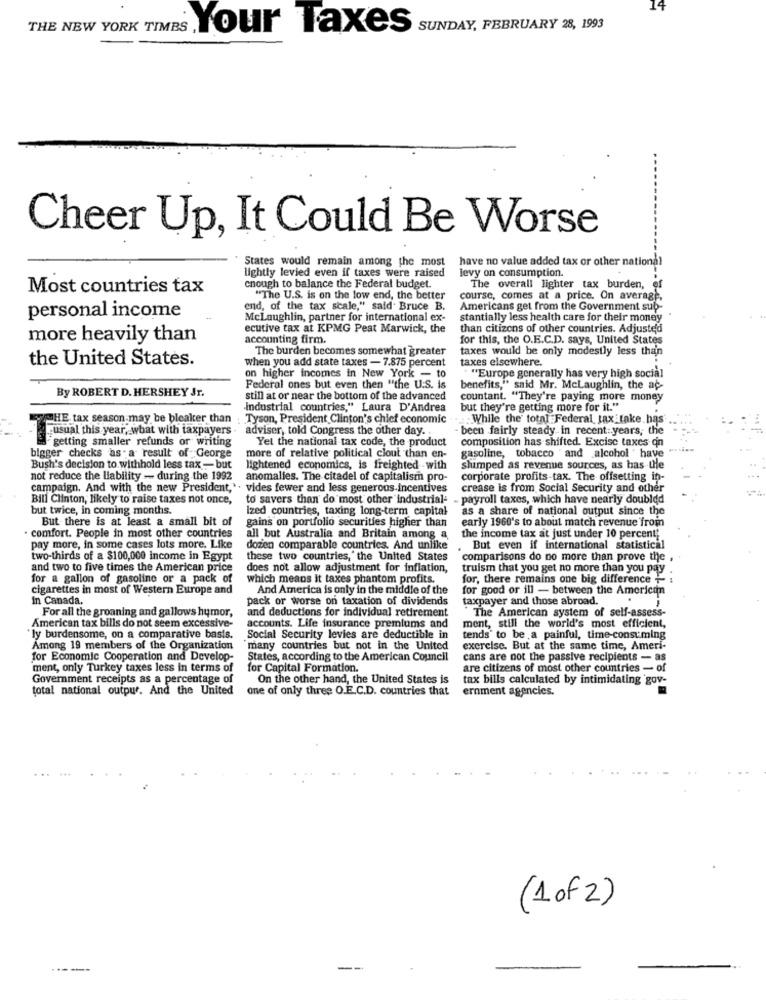
14
Your Taxes SUNDAY, FEBRUARY 28, 1993
Cheer Up, It Could Be Worse
States would remain among the most have no value added tax or other national
lightly levied even if taxes were raised
levy on consumption.
Most countries tax
enough to balance the Federal budget.
The overall lighter tax burden, e
"The U.S. is on the low end, the better
course, comes at a price. On average,
personal income
end, of the tax scale," said. Bruce B.
Americans get from the Government sub-
Mclaughlin, partner for international ex-
stantially less health care for their money
ecutive tax at KPMG Peat Marwick, the
than citizens of other countries. Adjusted
more heavily than
accounting firm.
for this, the O.E.C.D. says, United States
The burden becomes somewhat greater
taxes would be only modestly less than
the United States.
taxes elsewhere.
when you add state taxes - 7.875 percent
on higher incomes in New York - to
""Europe generally has very high social
By ROBERT D. HERSHEY Jr.
Federal ones but even then "the U.S. is
benefits," said Mr. Mclaughlin, the af
still at or near the bottom of the advanced
countant. "They're paying more money
industrial countries," Laura D'Andrea
but they're getting more for it."
THE tax season may be bleaker than
Tyson, President Clinton's chief economic
:While the total Federal tax fake. has .
usual this year, what with taxpayers
adviser, told Congress the other day.
been fairly steady in recent years, the
getting smaller refunds or writing
Yel the national tax code, the product
composition has shifted. Excise taxes qn
bigger checks as a result of George
gasoline, tobacco and alcohol " have
more of relative political clout than en-
Bush's decision to withhold less tax - but
lightened economics, is freighted -with
slumped as revenue sources, as has the
not reduce the liability - during the 1992
anomalies. The citadel of capitalism pro-
corporate profits-tax. The offsetting in-
campaign. And with the new President,". vides fewer and less generous incentives
crease is from Social Security and other
Bill Clinton, likely to raise taxes not once,
to savers than do most other industrial- - payroll taxes, which have nearly doubldd
but twice, in coming months.
Ized countries, taxing long-term capital
as a share of national output since the
But there is at least a small bit of
gains on portfolio securities higher than
early 1960's to about match revenue from
. comfort. People in most other countries
all but Australia and Britain among a
the income tax at just under 10 percent;
pay more, in some cases lots more. Like
dozen comparable countries. And unlike
But even if international statistical
two-thirds of a $100,000 income in Egypt
these two countries,' the United States
comparisons do no more than prove the
and two to five times the American price
does not allow adjustment for inflation,
truism that you get no more than you pay
for a gallon of gasoline or a pack of
which means it taxes phantom profits.
for, there remains one big difference +
cigarettes in most of Western Europe and
And America is only in the middle of the
for good or ill - between the American
In Canada.
pack or worse on taxation of dividends
taxpayer and those abroad.
For all the groaning and gallows humor,
and deductions for individual retirement
The American system of self-assess-
1
American tax bills do not seem excessive-
accounts. Life insurance premiums and
ment, still the world's most efficient,
"ly burdensome, on a comparative basis.
Social Security levies are deductible in
tends' to be a painful, time-consuming
Among 19 members of the Organization
many countries but not in the United
exercise. But at the same time, Ameri-
for Economic Cooperation and Develop-
States, according to the American Council
cans are not the passive recipients - as
ment, only Turkey taxes less in terms of
for Capital Formation.
are citizens of most other countries - of
Government receipts as a percentage of
On the other hand, the United States is
tax bills calculated by intimidating gov-
total national outpur. And the United
one of only three O.E.C.D. countries that
ernment agencies.
(1 of 2)
--